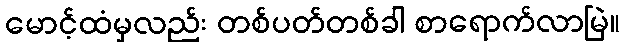
မောင့်ထံမှလည်း တစ်ပတ်တစ်ခါ စာရောက်လာမြဲ။